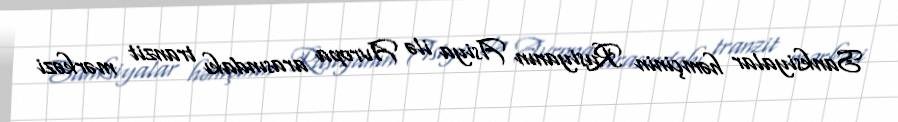
Sanksiyalar həmçinin Rusiyanın Asiya ilə Avropa arasındakı tranzit mərkəzi